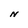
Character: N